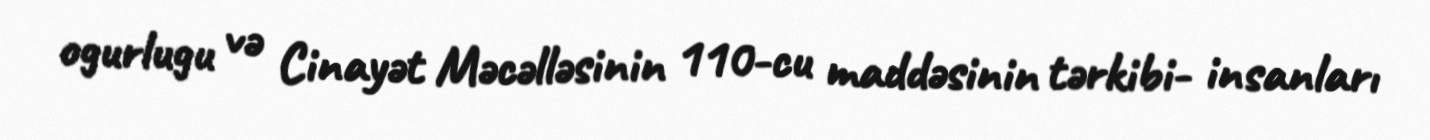
ogurlugu və Cinayət Məcəlləsinin 110-cu maddəsinin tərkibi- insanları